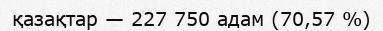
қазақтар — 227 750 адам (70,57 %)